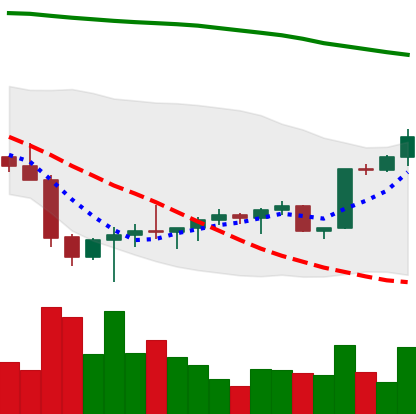
Ticker: BTC-USD
Chart end date: 2022-02-07
Forward return: -3.64%
Label: down_3_5